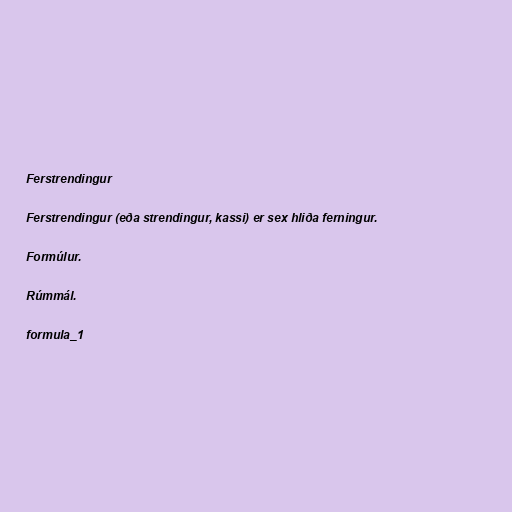
Ferstrendingur

Ferstrendingur (eða strendingur, kassi) er sex hliða ferningur.

Formúlur.

Rúmmál.

formula_1